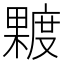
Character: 𪳿